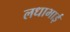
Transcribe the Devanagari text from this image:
लधाभाई